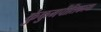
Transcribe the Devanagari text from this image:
कुंकुमपीतिकाया